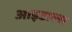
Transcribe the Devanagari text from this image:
आइडाल्स